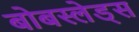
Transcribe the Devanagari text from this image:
बोबस्लेड्स